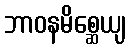
ဘာဝနမိစ္ဆေယျ